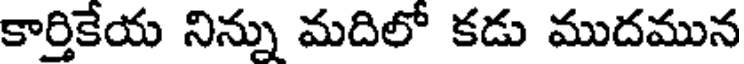
కార్తికేయ నిన్ను మదిలో కడు ముదమున